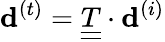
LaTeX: {{\mathbf d}^{(t)}}=\underline{{\underline{{T}}}}\cdot{{\mathbf d}^{(i)}}